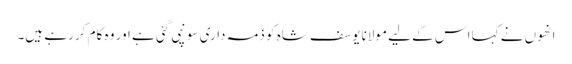
انھوں نے کہا اس کے لیے مولانا یوسف شاہ کو ذمہ داری سونپی گئی ہے اور وہ کام کر رہے ہیں۔